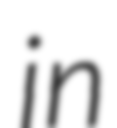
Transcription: in